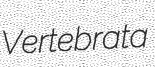
Vertebrata